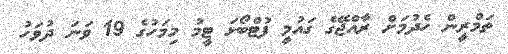
ތަމްރީން ހެދުމަށް ރާއްޖޭގެ ގައުމީ ފުޓްބޯޅަ ޓީމު މިމަހުގެ 19 ވަނަ ދުވަހު